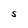
Character: S